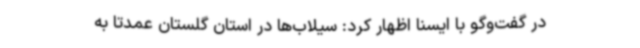
در گفت‌وگو با ایسنا اظهار کرد: سیلاب‌ها در استان گلستان عمدتاً به